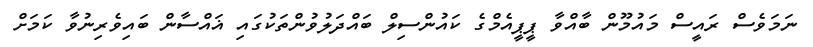
ނަމަވެސް ރައީސް މައުމޫން ބާއްވާ ޕީޕީއެމްގެ ކައުންސިލް ބައްދަލުވުންތަކުގައި ޣައްސާން ބައިވެރިނުވާ ކަމަށް